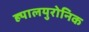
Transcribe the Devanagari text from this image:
ह्यालयुरोनिक